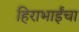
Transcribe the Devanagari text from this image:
हिराभाईंचा